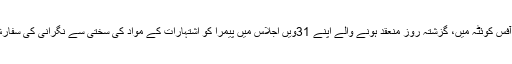
2016ء)پیمرا کونسل آف کمپلینٹس بلوچستان نے آغا محمد ناصر کی زیر صدارت پیمرا ریجنل آفس کوئٹہ میں، گزشتہ روز منعقد ہونے والے اپنے 31ویں اجلاس میں پیمرا کو اشتہارات کے مواد کی سختی سے نگرانی کی سفارش کی ہے ، جیسا کہ یہ اشتہارات معاشرے اور نوجوان نسل پر غلط ا ثرات مرتب کر رہے ہیں۔